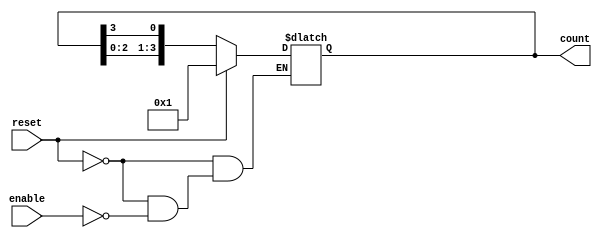
module async_ring_counter (
    input wire reset,       // Asynchronous reset
    input wire enable,      // Enable signal to start counting
    output reg [3:0] count  // 4-bit output for the ring counter
);

    // Initial state of the counter
    initial begin
        count = 4'b0001; // Start with the first flip-flop set to '1'
    end

    // Asynchronous logic for the ring counter
    always @(*) begin
        if (reset) begin
            count = 4'b0001; // Reset to initial state
        end else if (enable) begin
            // Shift the '1' bit to the left
            count = {count[2:0], count[3]}; // Rotate left
        end
    end

endmodule